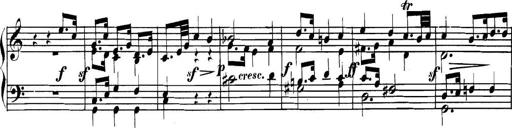
Title: Collected Piano Sonatas
Composer: Muzio Clementi